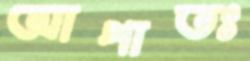
আপাতঃ